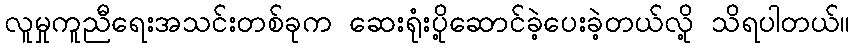
လူမှုကူညီရေးအသင်းတစ်ခုက ဆေးရုံးပို့ဆောင်ခဲ့ပေးခဲ့တယ်လို့ သိရပါတယ်။